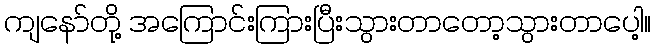
ကျနော်တို့ အကြောင်းကြားပြီးသွားတာတော့သွားတာပေါ့။